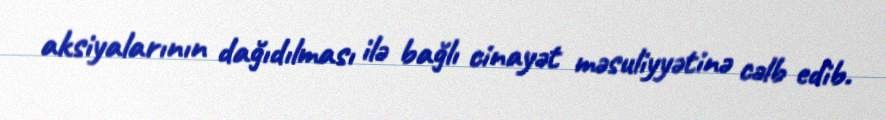
aksiyalarının dağıdılması ilə bağlı cinayət məsuliyyətinə cəlb edib.